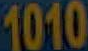
1010